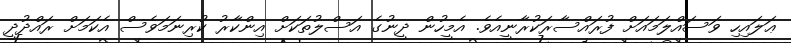
ޢަލައިހި ވަސައްލަމައަށް ފުރައްސާރަކުރާނީއެވެ. އެމީހުން ދީނުގެ އަސްލުތަކަށް އިންކާރު ކުރިނަމަވެސް އެކަމަށް ރައްދުދީ